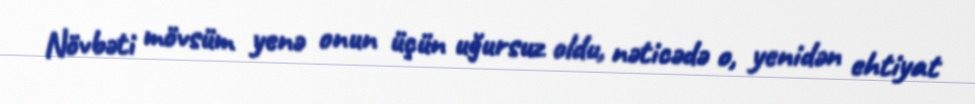
Növbəti mövsüm yenə onun üçün uğursuz oldu, nəticədə o, yenidən ehtiyat